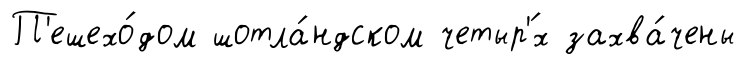
П'ешехо́дом шотла́ндском четыр'́х захва́чены